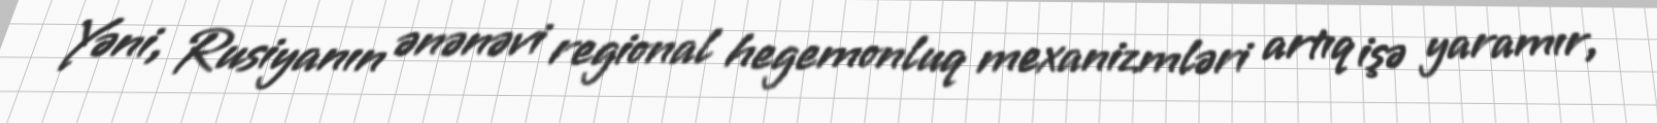
Yəni, Rusiyanın ənənəvi regional hegemonluq mexanizmləri artıq işə yaramır,